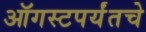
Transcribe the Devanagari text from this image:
ऑगस्टपर्यंतचे